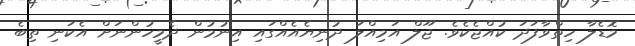
މޮޑެލާ ހިތްވާފަދަ ކުއްޖެކެވެ. ޖޫލް އަމިއްލަ ދުނިޔެއެއްގައި އިނުމުން ދެމީހުންނަށް އެކަނި ތިބެ